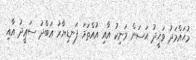
މުޙައްމަދު ވަޙީދު ޙަސަން މަނިކު އާއި އުއްތަމަ ފަނޑިޔާރު ޢަބްދު ސަޢީދު އާއި